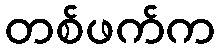
တစ်ဖက်က